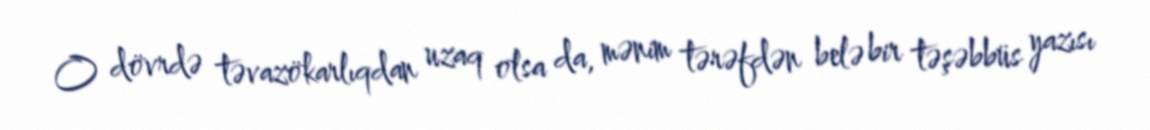
O dövrdə təvazökarlıqdan uzaq olsa da, mənim tərəfdən belə bir təşəbbüs yazısı